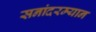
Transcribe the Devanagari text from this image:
सनांदरम्यान